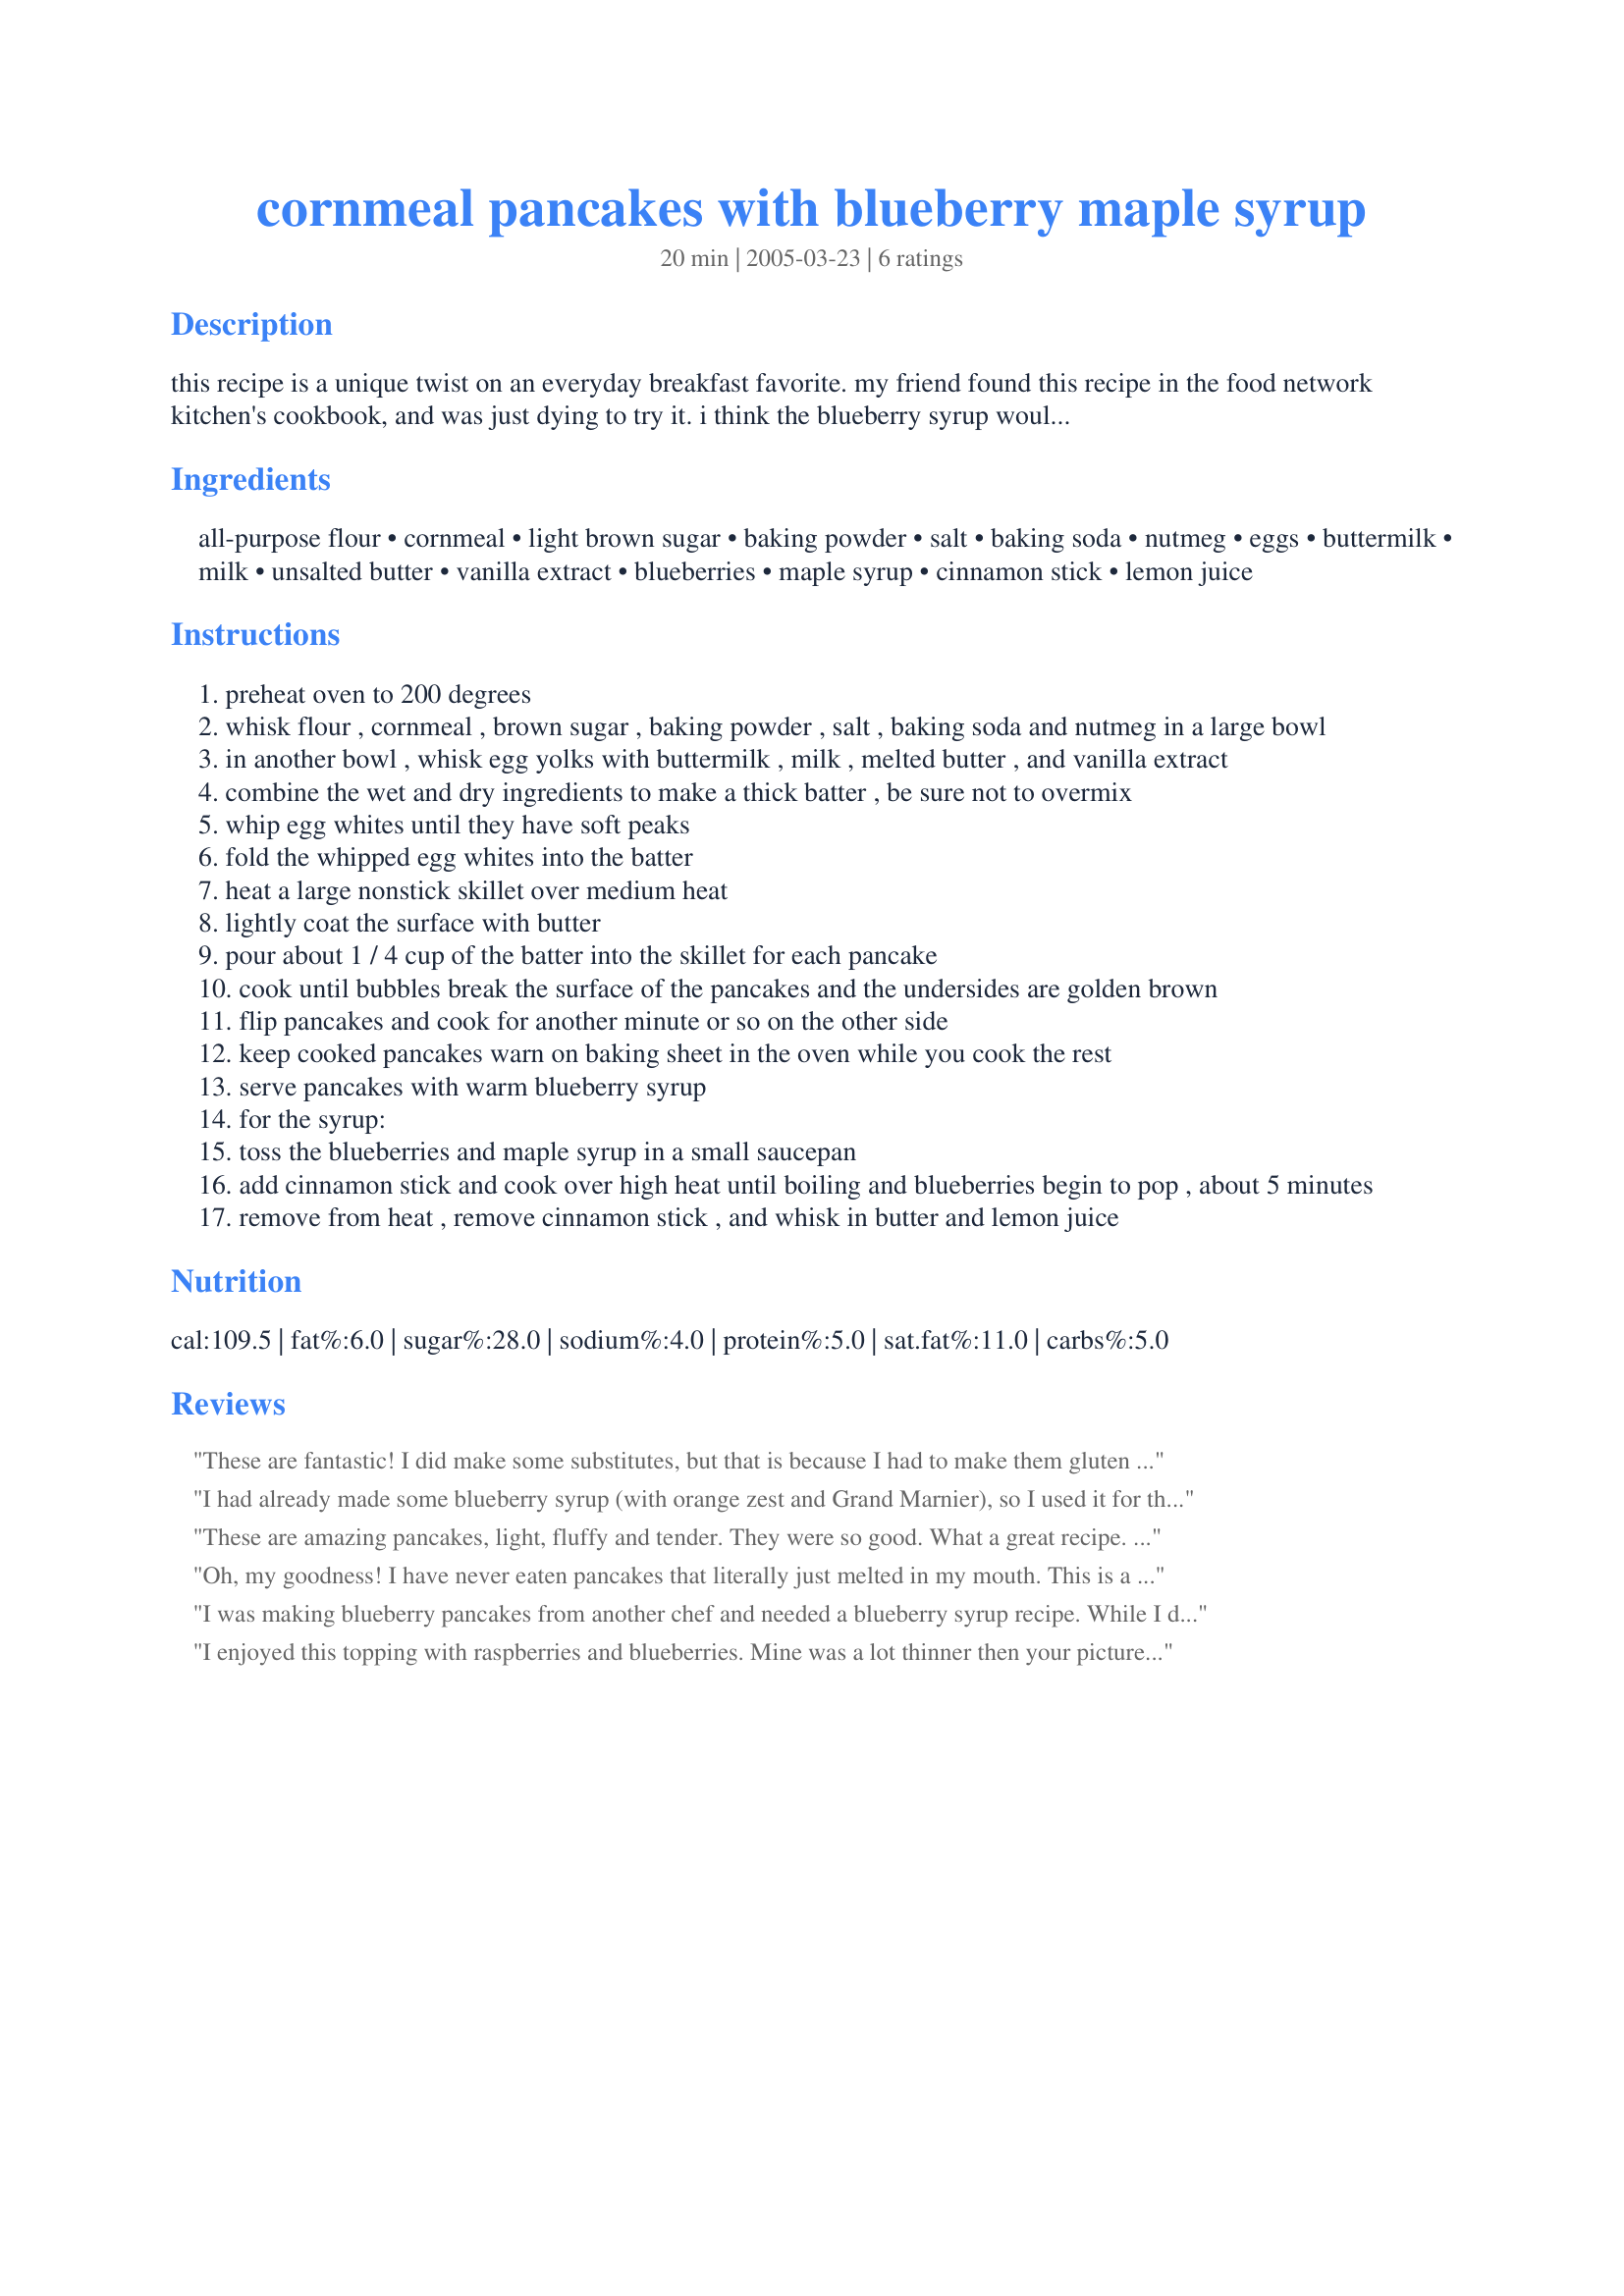
cornmeal pancakes with blueberry maple syrup
Preparation time: 20 minutes

this recipe is a unique twist on an everyday breakfast favorite. my friend found this recipe in the food network kitchen's cookbook, and was just dying to try it. i think the blueberry syrup would be great on any pancakes, even if you don't have the extra time to make these

Ingredients:
all-purpose flour, cornmeal, light brown sugar, baking powder, salt, baking soda, nutmeg, eggs, buttermilk, milk, unsalted butter, vanilla extract, blueberries, maple syrup, cinnamon stick, lemon juice

Steps:
preheat oven to 200 degrees
whisk flour , cornmeal , brown sugar , baking powder , salt , baking soda and nutmeg in a large bowl
in another bowl , whisk egg yolks with buttermilk , milk , melted butter , and vanilla extract
combine the wet and dry ingredients to make a thick batter , be sure not to overmix
whip egg whites until they have soft peaks
fold the whipped egg whites into the batter
heat a large nonstick skillet over medium heat
lightly coat the surface with butter
pour about 1 / 4 cup of the batter into the skillet for each pancake
cook until bubbles break the surface of the pancakes and the undersides are golden brown
flip pancakes and cook for another minute or so on the other side
keep cooked pancakes warn on baking sheet in the oven while you cook the rest
serve pancakes with warm blueberry syrup
for the syrup:
toss the blueberries and maple syrup in a small saucepan
add cinnamon stick and cook over high heat until boiling and blueberries begin to pop , about 5 minutes
remove from heat , remove cinnamon stick , and whisk in butter and lemon juice

Reviews:
These are fantastic! I did make some substitutes, but that is because I had to make them gluten free for my brother0. So all I did was use a gluten free all-purpose flour and gf cornmeal in place of the real thing. We all LOVED them, even those of us who don't need to eat gf. The syrup was great too! I ended up using blackberries simply because that was what I had. Made it exactly as writen for blueberries but then I strained out the seeds. Will make again, A LOT!
I had already made some blueberry syrup (with orange zest and Grand Marnier), so I used it for this. I cooked it for 15 minutes and then pureed it, and it was very thick. This was the best part of the breakfast! I love fresh nutmeg and whipped egg whites folded into pancakes, but I thought the cornmeal gave it a little bit of a gritty texture (still detectable, but less prominent with the syrup on it). 16 pancakes was spot on!
These are amazing pancakes, light, fluffy and tender. They were so good. What a great recipe. I wasn't sure if I would enjoy the cornmeal in the pancakes, but I couldn't even tell it was there. I only made 1/2 the recipe and shared it with a neighbor, after I tasted the pancakes, I was wishing I hadn't of shared...they were that good, I wanted more!!! The batter looked really thin until I added the egg whites. Then it turned into a work of art...topped with the truly delicious blueberry syrup, these took me to nirvana. Thanks so much for sharing this great recipe, which I will make for my non loving pancake dh...I know that he will enjoy these...Kudos Kozmic Blues
made for Summer 09 - Comfort Cafe
Oh, my goodness! I have never eaten pancakes that literally just melted in my mouth. This is a fabulous recipe. I made a half recipe for both the pancakes and syrup. The syrup is really tasty, too. As noted by other chefs, it is a somewhat thin syrup but it is so flavorful. 

Great recipe. I know you will enjoy it when you make it.
I was making blueberry pancakes from another chef and needed a blueberry syrup recipe. While I did not make your pancakes (this time!) I did use your blueberry syrup. It was fabulous. Like Rita I noticed that the syrup was a bit thin, so while cooking, I added about 1/4 of light corn syrup and it was perfect. Thanks Kozmic Blues!
I enjoyed this topping with raspberries and blueberries. Mine was a lot thinner then your picture and absorbed right into the pancakes. This is a lot healthier then straight syrup. I don`t like pancakes much but these were very good.
